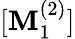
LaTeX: [\mathbf{M}_{1}^{(2)}]